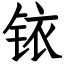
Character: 铱